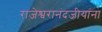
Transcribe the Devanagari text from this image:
राजेश्वरानंदजीयांना